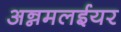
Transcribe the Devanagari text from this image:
अन्नमलईयर